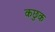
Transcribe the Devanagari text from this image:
कछुक